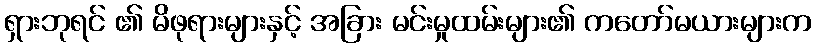
ရှားဘုရင် ၏ မိဖုရားများနှင့် အခြား မင်းမှုထမ်းများ၏ ကတော်မယားများက